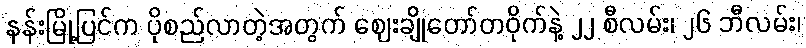
နန်းမြို့ပြင်က ပိုစည်လာတဲ့အတွက် ဈေးချိုတော်တဝိုက်နဲ့ ၂၂ စီလမ်း၊ ၂၆ ဘီလမ်း၊